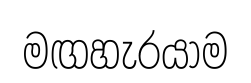
මඟහැරයාම